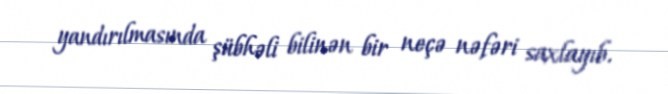
yandırılmasında şübhəli bilinən bir neçə nəfəri saxlayıb.